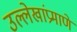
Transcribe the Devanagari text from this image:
उल्लेखांप्रमाणे